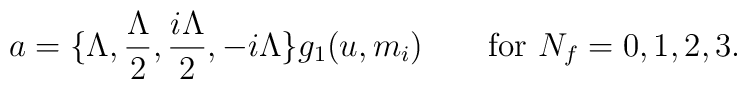
a=\big\{\Lambda,\frac{\Lambda}{2},\frac{i\Lambda}{2},-i\Lambda\big\}g_1(u,m_i)\qquad\mbox{for }N_f=0,1,2,3.